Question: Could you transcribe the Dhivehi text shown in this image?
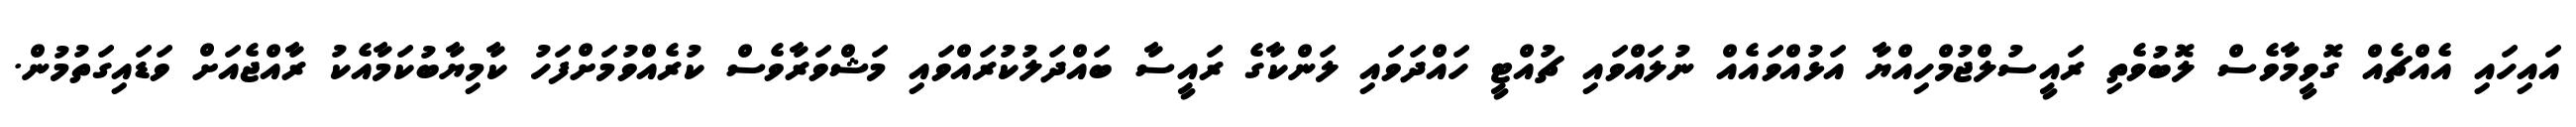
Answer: އައިހައި އެއްޗެއް ގޮވީމާވެސް ލޮބުވެތި ރައީސުލްޖުމްހިއްޔާ އަޅުއްވައެއް ނުލައްވައި ޗުއްޓީ ހައްދަވައި ލަންކާގެ ރައީސާ ބައްދަލުކުރައްވައި މަޝްވަރާވެސް ކުރެއްވުމަށްފަހު ކާމިޔާބުކަމާއެކު ރާއްޖެއަށް ވަޑައިގަތުމުން.